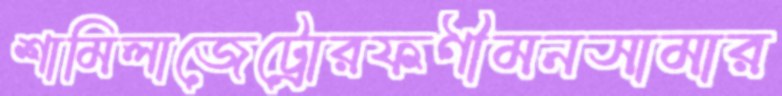
শামিলাজেট্রোরফণীমনসামার